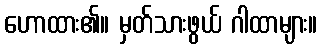
ဟောထား၏။ မှတ်သားဖွယ် ဂါထာများ။